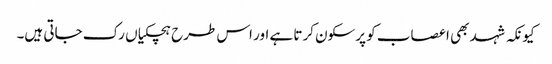
کیونکہ شہد بھی اعصاب کو پرسکون کرتا ہے اور اس طرح ہچکیاں رک جاتی ہیں۔